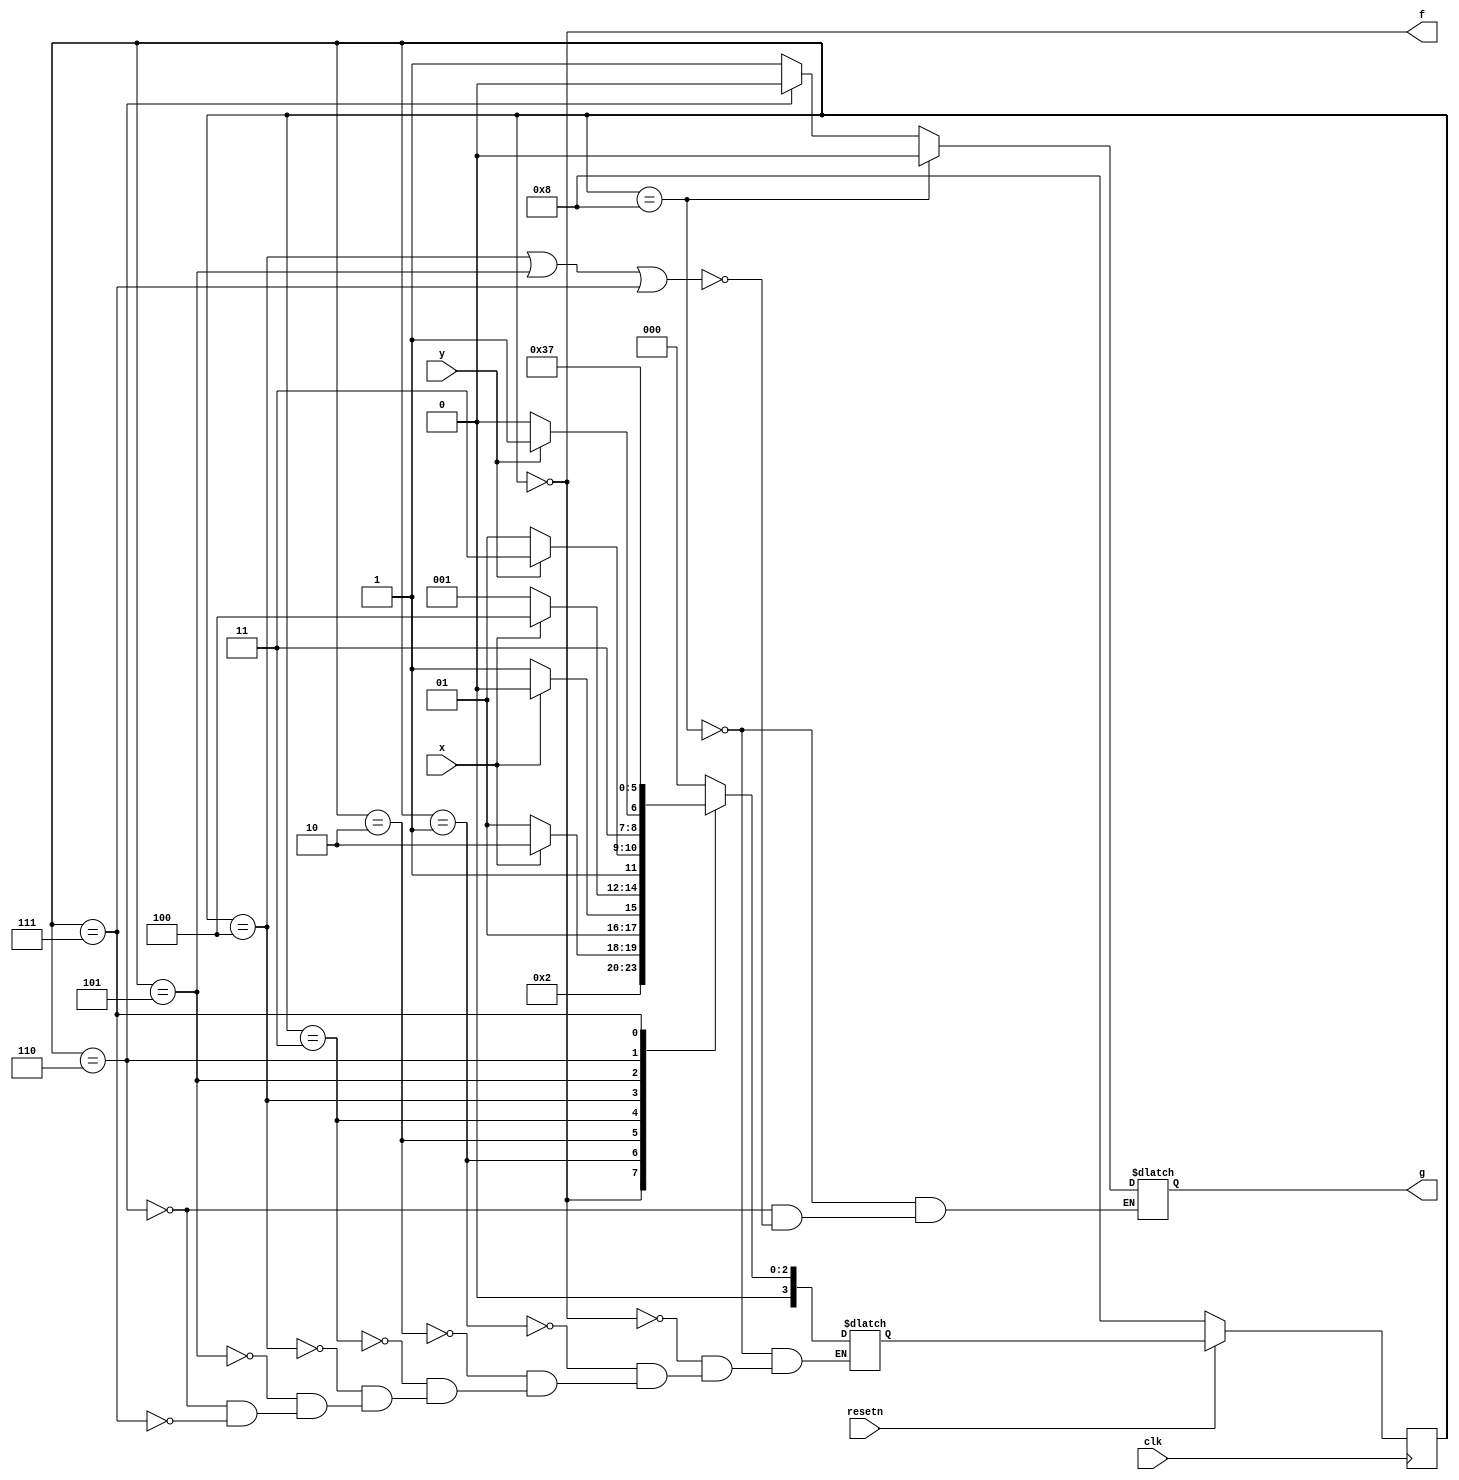
module top_module (
    input clk,
    input resetn,    // active-low synchronous reset
    input x,
    input y,
    output f,
    output g
); 
    reg [3:0] pstate, nstate;
    localparam A = 0, B = 1, C = 2, D = 3, E = 4, F = 5, G = 6, H = 7, NONE = 8;
    always @(posedge clk)
        begin
            if(~resetn)
                pstate <= NONE;
            else
                pstate <= nstate;
        end
	
    always @(*)
        begin
            case(pstate)
                NONE:nstate = A;
                A:nstate = B;
                B:nstate = x?C:B; 
                C:nstate = x?C:D;
                D:nstate = x?E:B;
                E:nstate = y?H:F;
                F:nstate = y?H:G; 
                G:nstate = G; 
                H:nstate = H; 
            endcase
        end
    
    assign f = (pstate==A);
    always @(*) begin
        if(pstate == E ||pstate == F ||pstate ==  H)
            g = 1;
        if(pstate == G)
            g = 0;
        if(pstate == NONE)
               g = 0;
        end
    
endmodule